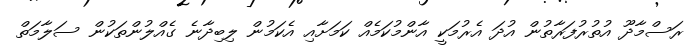
ރަސްމާދޫ އުތުރުފަރާތުން އުދަ އެރުމަކީ އާންމުކަމެއް ކަމަށާއި އެކަމުން ލިބިދާނެ ގެއްލުންތަކުން ސަލާމަތް